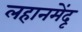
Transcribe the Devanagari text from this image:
लहानमेंदू